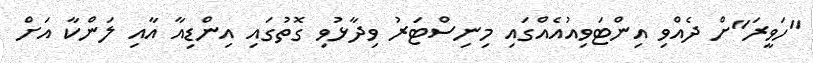
"ހަވީރަ"ށް ދެއްވި އިންޓަވިއުއެއްގައި މިނިސްޓަރު ވިދާޅުވި ގޮތުގައި އިންޑިއާ އާއި ލަންކާ އަށް